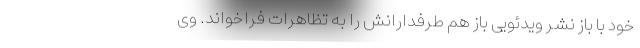
خود با باز نشر ویدئویی باز هم طرفدارانش را به تظاهرات فراخواند. وی